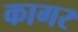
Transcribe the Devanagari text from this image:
कागर